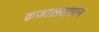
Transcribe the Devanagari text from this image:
क़ज़ाख़्सतान